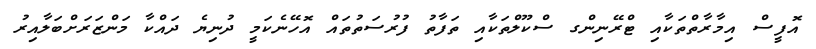
އޮފީސް އިމާރާތްތަކާއި ޓްރޭނިންގ ސްކޫލްތަކާއި ތަފާތު ފުރުސަތުތައް އޮހޭނެކަމީ ދުނިޔެ ދައްކާ މަންޒަރަށްބަލާއިރު